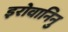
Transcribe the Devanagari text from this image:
इरोवानिनु